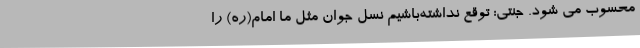
محسوب می شود. جنتی: توقع نداشته‌باشیم نسل جوان مثل ما امام(ره) را